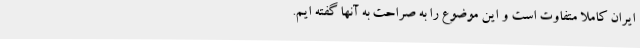
ایران کاملا متفاوت است و این موضوع را به صراحت به آنها گفته ایم.